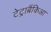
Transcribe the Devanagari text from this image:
टेट्राब्रैंकिआ